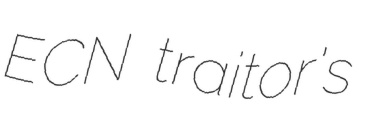
ECN traitor's